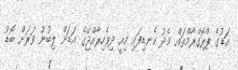
އަޑުގެ ޕްރޮގްރާމްތައް މެދު ކެނޑިފައި މިއީ ދިވެހިރާއްޖޭގެ އަޑަށް ލިބުނު ވަރަށް ބޮޑު